Report on horse surra - Volume II, Part I
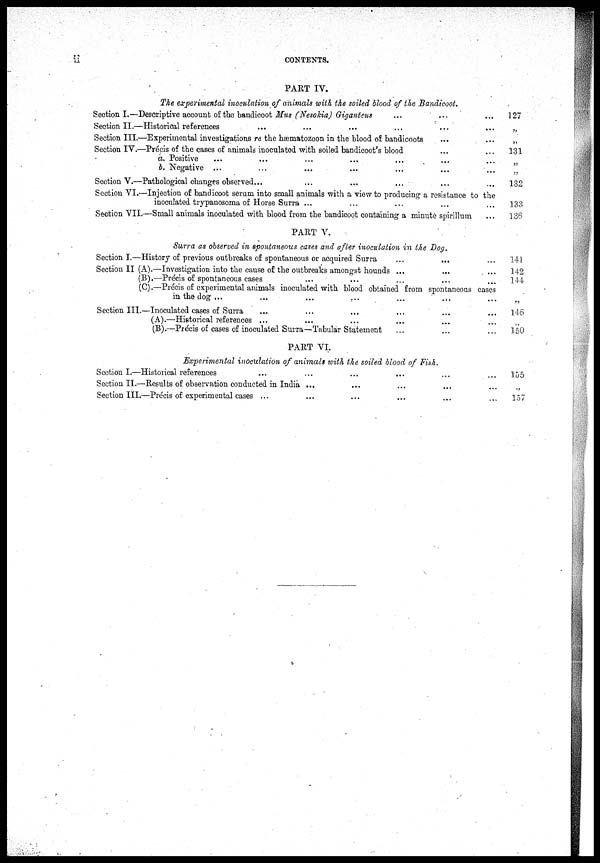
ii
CONTENTS.
PART IV.
The experimental inoculation of animals with the soiled blood of the Bandicoot.
Section I.—Descriptive account of the bandicoot Mus (Nesokia) Giganteus
Section II.—Historical references
...
...
...
...
Section III.—Experimental investigations re the hæmatozoon in the blood of bandicoots
Section IV.—Precis of the cases of animals inoculated with soiled bandicoot's blood
a. Positive
b. Negative
...
...
...
Section V.—Pathological changes observed...
...
...
...
...
...
...
...
...
...
...
...
...
....
...
...
...
...
...
...
...
...
Section VI.—Injection of bandicoot serum into small animals with a view to producing a resistance to the
inoculated trypanosoma of Horse Surra ...
...
Section VII.—Small animals inoculated with blood from the bandicoot containing a minute spirillum
PART V.
Surra as observed in spontaneous cases and after inoculation in the Dog.
Section I.—History of previous outbreaks of spontaneous or acquired Surra
Section II (A).—Investigation into the cause of the outbreaks amongst hounds ...
(B).—Précis of spontaneous cases
...
...
...
...
...
...
...
...
...
(C).—Précis of experimental animals inoculated with blood obtained from spontaneous cases
in the dog ...
Section III.—Inoculated cases of Surra
...
(A).—Historical references ...
...
...
...
...
...
...
(B).—Précis of cases of inoculated Surra—Tabular Statement
PART VI.
...
...
...
...
...
...
...
Experimental inoculation of animals with the soiled blood of Fish.
Section I.—Historical references
...
...
Section II.—Results of observation conducted in India ...
Section III.—Précis of experimental cases ...
...
...
...
...
....
...
...
...
...
...
...
...
...
....
...
.. ..
127
„
„
131
„
132
133
136
141
142
144
„
145
„
150
„
155
„
157